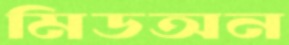
মিডঅন